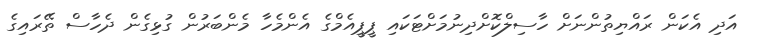
އަދި އެކަން ރައްޔިތުންނަށް ހާސިލްކޮށްދިނުމަށްޓަކައި ޕީޕީއެމްގެ އެންމެހާ މެންބަރުން ގުޅިގެން ދެހާސް ތޭރައިގެ